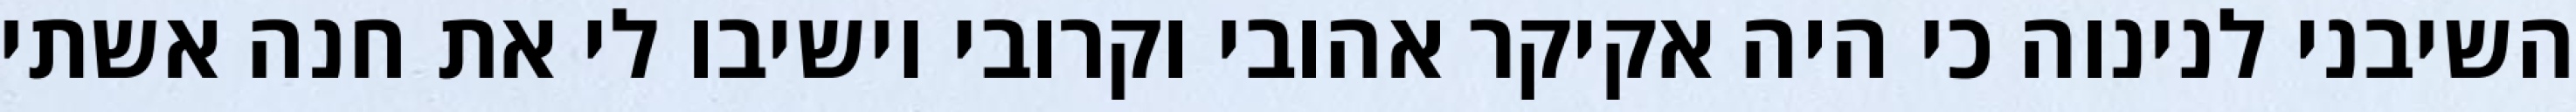
השיבני לנינוה כי היה אקיקר אהובי וקרובי וישיבו לי את חנה אשתי